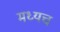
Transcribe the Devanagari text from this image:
मध्यच